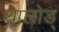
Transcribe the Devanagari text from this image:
थालोड्